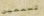
تسمعين